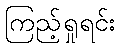
ကြည့်ရှုရင်း